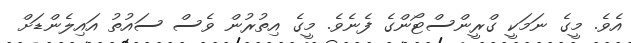
އެވެ. މީގެ ނަމަކީ ގްރީންސްޓޯންގެ ފެނެވެ. މީގެ އިތުރުން ވެސް ސައުތު އައިލެންޑަށް